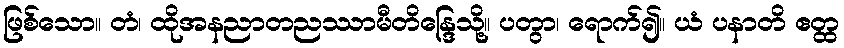
ဖြစ်သော။ တံ၊ ထိုအနညာတညဿာမီတိန္ဒြေသို့။ ပတွာ၊ ရောက်၍။ ယံ ပနာတိ ဧတ္ထ